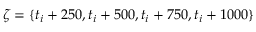
\zeta = \{ t _ { i } + 2 5 0 , t _ { i } + 5 0 0 , t _ { i } + 7 5 0 , t _ { i } + 1 0 0 0 \}